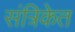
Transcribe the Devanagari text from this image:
संत्रिकेत